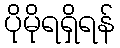
ပိုမိုရရှိရန်